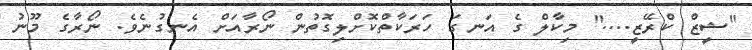
"ޝީޒް ކްރޭޒީ...." މިކާލް ގެ އަނގަ ހަރަކާތްކޮށްލިގޮތުން ނޯރާއަށް އެނގުނެވެ. ނޯރާގެ މޫނު